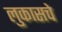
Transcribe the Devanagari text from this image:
लुकासचे